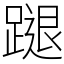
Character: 蹆